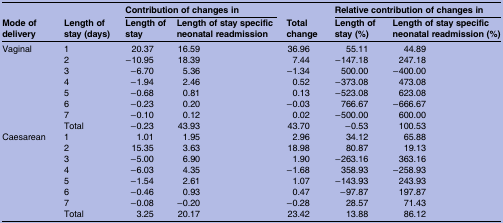
<table><thead><tr><td rowspan="2"><b>Mode of delivery</b></td><td rowspan="2"><b>Length of stay (days)</b></td><td colspan="2"><b>Contribution of changes in</b></td><td rowspan="2"><b>Total change</b></td><td colspan="2"><b>Relative contribution of changes in</b></td></tr><tr><td><b>Length of stay</b></td><td><b>Length of stay specific neonatal readmission</b></td><td><b>Length of stay (%)</b></td><td><b>Length of stay specific neonatal readmission (%)</b></td></tr></thead><tbody><tr><td rowspan="8">Vaginal</td><td>1</td><td>20.37</td><td>16.59</td><td>36.96</td><td>55.11</td><td>44.89</td></tr><tr><td>2</td><td>−10.95</td><td>18.39</td><td>7.44</td><td>−147.18</td><td>247.18</td></tr><tr><td>3</td><td>−6.70</td><td>5.36</td><td>−1.34</td><td>500.00</td><td>−400.00</td></tr><tr><td>4</td><td>−1.94</td><td>2.46</td><td>0.52</td><td>−373.08</td><td>473.08</td></tr><tr><td>5</td><td>−0.68</td><td>0.81</td><td>0.13</td><td>−523.08</td><td>623.08</td></tr><tr><td>6</td><td>−0.23</td><td>0.20</td><td>−0.03</td><td>766.67</td><td>−666.67</td></tr><tr><td>7</td><td>−0.10</td><td>0.12</td><td>0.02</td><td>−500.00</td><td>600.00</td></tr><tr><td>Total</td><td>−0.23</td><td>43.93</td><td>43.70</td><td>−0.53</td><td>100.53</td></tr><tr><td rowspan="8">Caesarean</td><td>1</td><td>1.01</td><td>1.95</td><td>2.96</td><td>34.12</td><td>65.88</td></tr><tr><td>2</td><td>15.35</td><td>3.63</td><td>18.98</td><td>80.87</td><td>19.13</td></tr><tr><td>3</td><td>−5.00</td><td>6.90</td><td>1.90</td><td>−263.16</td><td>363.16</td></tr><tr><td>4</td><td>−6.03</td><td>4.35</td><td>−1.68</td><td>358.93</td><td>−258.93</td></tr><tr><td>5</td><td>−1.54</td><td>2.61</td><td>1.07</td><td>−143.93</td><td>243.93</td></tr><tr><td>6</td><td>−0.46</td><td>0.93</td><td>0.47</td><td>−97.87</td><td>197.87</td></tr><tr><td>7</td><td>−0.08</td><td>−0.20</td><td>−0.28</td><td>28.57</td><td>71.43</td></tr><tr><td>Total</td><td>3.25</td><td>20.17</td><td>23.42</td><td>13.88</td><td>86.12</td></tr></tbody></table>